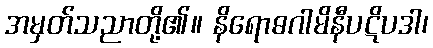
အမှတ်သညာတို့၏။ နိရောဓဂါမိနီပဋိပဒါ၊